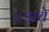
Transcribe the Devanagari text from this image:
८अचे